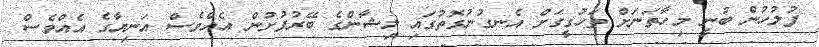
ފުލުހުން ބުނީ މިހާތަނަށް ތަހުގީގަށް އެނގުނުގޮތުގައި ލިޝާންގެ ބޭރުފުށުން އެއްވެސް އަނިޔާގެ އެއްވެސް